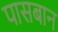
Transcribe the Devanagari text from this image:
पासबान